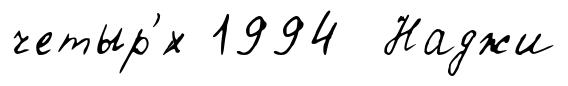
четыр'́х 1994 Наджи